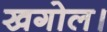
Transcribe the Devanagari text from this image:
खगोल।